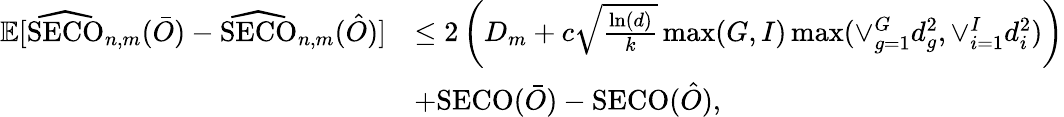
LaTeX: \begin{array}{rl}{\mathbb{E}[\widehat{\mathrm{SECO}}_{n,m}(\bar{O})-\widehat{\mathrm{SECO}}_{n,m}(\hat{O})]}&{\leq 2\left(D_{m}+c\sqrt{\frac{\ln(d)}{k}}\operatorname*{max}(G,I)\operatorname*{max}(\vee_{g=1}^{G}d_{g}^{2},\vee_{i=1}^{I}d_{i}^{2})\right)}\\ &{+\mathrm{SECO}(\bar{O})-\mathrm{SECO}(\hat{O}),}\end{array}